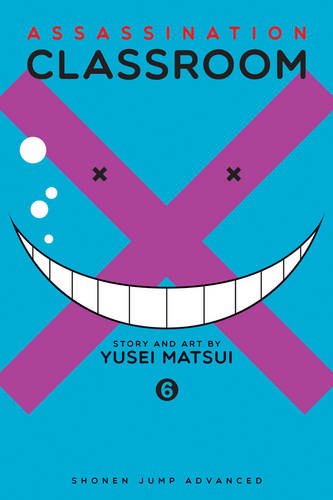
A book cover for Assassination Classroom, Vol. 6; Yusei Matsui; Comics & Graphic Novels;